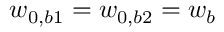
w _ { 0 , b 1 } = w _ { 0 , b 2 } = w _ { b }